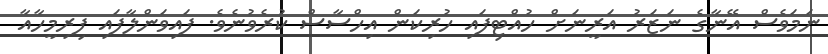
ނަމަވެސް އޭނާގެ ނަޒަރު އަރީނަށް ހުއްޓިފައި ހުރިކަން އިހްސާސް ކުރެވުނެވެ. ފައިވަންލާފައި ފިރިމީހާއާ